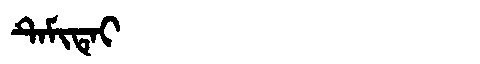
Manchu: ᡨᡝᠮᡳᡨᡝᡳ
Romanization: TEMITEI